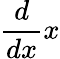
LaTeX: {\frac{d}{dx}}x